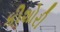
કીશોરી